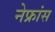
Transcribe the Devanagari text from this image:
नेफ्रांस